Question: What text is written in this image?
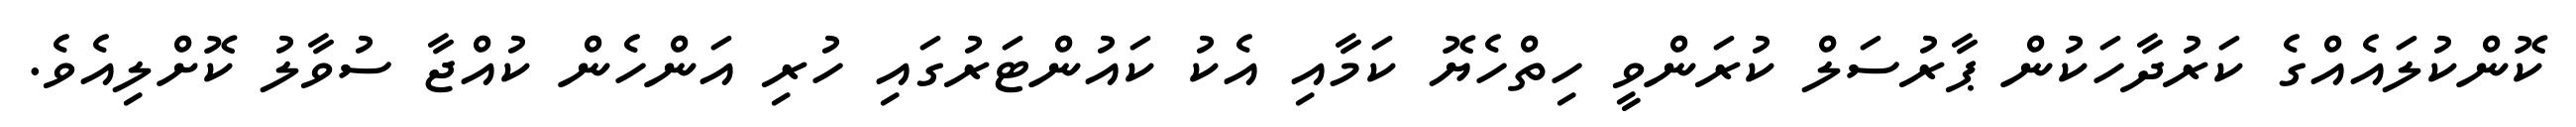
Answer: ކޮންކުލައެއްގެ ކަރުދާހަކުން ޕާރުސަލް ކުރަންވީ ހިތްހެޔޮ ކަމާއި އެކު ކައުންޓަރުގައި ހުރި އަންހެން ކުއްޖާ ސުވާލު ކޮށްލިއެވެ.